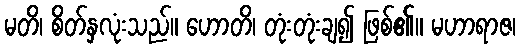
မတိ၊ စိတ်နှလုံးသည်။ ဟောတိ၊ တုံးတုံးချ၍ ဖြစ်၏။ မဟာရာဇ၊